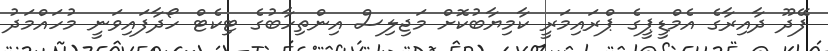
ފޭދޫ ދާއިރާގެ އެމްޑީޕީގެ ޕްރައިމަރީ ކާމިޔާބުކޮށް މަޖިލިސް އިންތިހާބުގެ ޓިކެޓް ހޯދާފައިވަނީ މުހައްމަދު